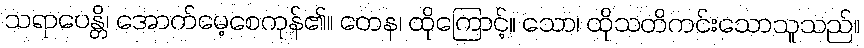
သရာပေန္တိ၊ အောက်မေ့စေကုန်၏။ တေန၊ ထိုကြောင့်။ သော၊ ထိုသတိကင်းသောသူသည်။